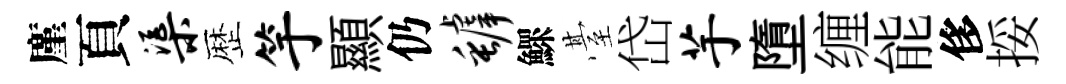
廑頁渠歴竽顯仍罅鰥䑓岱芋墮缠能侈挼